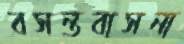
বসন্তবাসনা